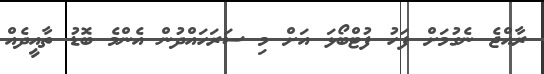
ރާއްޖެ ނެގުމަށް ފަހު ފުޓްބޯޅަ އަށް މި ސަރަހައްދުން އެންމެ ބޮޑު ތާއީދެއް